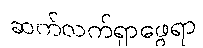
ဆက်လက်ရှာဖွေရာ